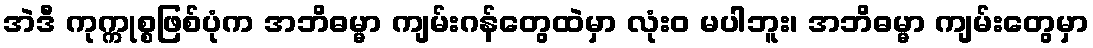
အဲဒီ ကုက္ကုစ္စဖြစ်ပုံက အဘိဓမ္မာ ကျမ်းဂန်တွေထဲမှာ လုံးဝ မပါဘူး၊ အဘိဓမ္မာ ကျမ်းတွေမှာ